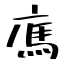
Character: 𢉿